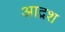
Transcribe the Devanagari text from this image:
आद्रश